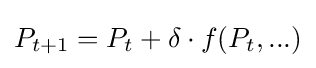
P_{t+1}=P_{t}+\delta \cdot f(P_{t},...)